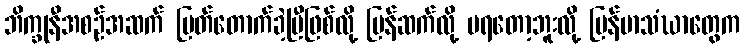
ဘိက္ခုနီအစဉ်အဆက် ပြတ်တောက်ခဲ့ပြီဖြစ်လို့ ပြန်ဆက်လို့ မရတော့ဘူးလို့ မြန်မာသံဃာတွေက